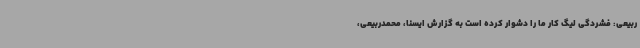
ربیعی: فشردگی لیگ کار ما را دشوار کرده است به گزارش ایسنا، محمدربیعی،